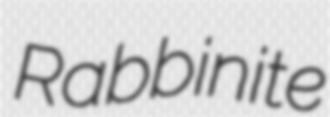
Rabbinite